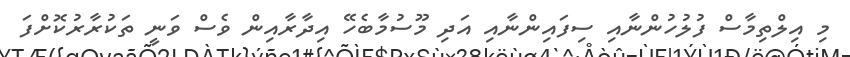
މި އިލްތިމާސް ފުލުހުންނާއި ސިފައިންނާއި އަދި މޫސުމާބެހޭ އިދާރާއިން ވެސް ވަނީ ތަކުރާރުކޮށްފަ